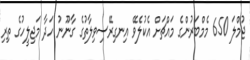
ޖުމްލަ 650 މެމްބަރުންގެ މައްޗަށް އެކުލެވޭ އިނގިރޭސިވިލާތުގެ ގާނޫނު ހަދާ މަޖިލީހުގެ ތިރި